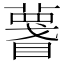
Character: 𥋚